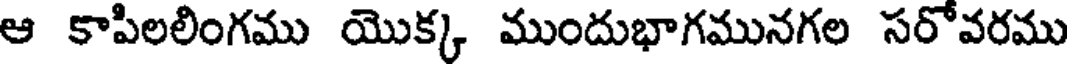
ఆ కాపిలలింగము యొక్క ముందుభాగమునగల సరోవరము